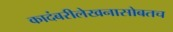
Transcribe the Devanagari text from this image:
कादंबरीलेखनासोबतच